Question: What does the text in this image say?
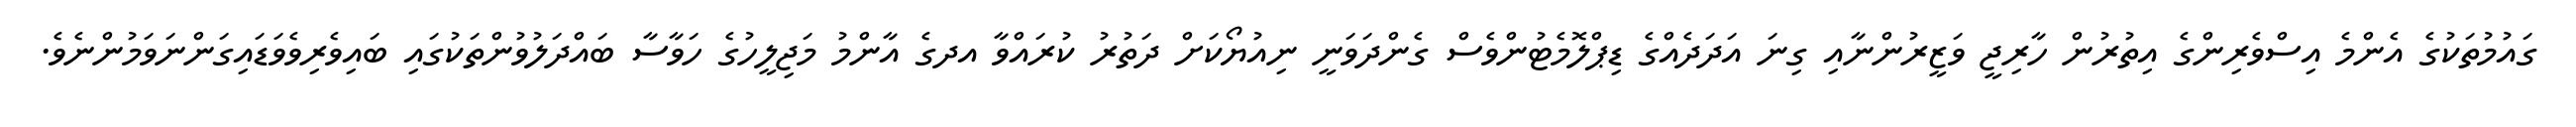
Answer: ގައުމުތަކުގެ އެންމެ އިސްވެރިންގެ އިތުރުން ހާރިޖީ ވަޒީރުންނާއި ގިނަ އަދަދެއްގެ ޑިޕްލޮމެޓުންވެސް ގެންދަވަނީ ނިއުޔޯކަށް ދަތުރު ކުރައްވާ އދގެ އާންމު މަޖިލީހުގެ ހަވާސާ ބައްދަލުވުންތަކުގައި ބައިވެރިވެވަޑައިގަންނަވަމުންނެވެ.